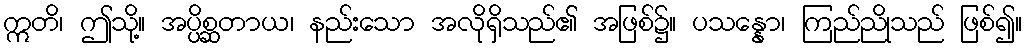
ဣတိ၊ ဤသို့။ အပ္ပိစ္ဆတာယ၊ နည်းသော အလိုရှိသည်၏ အဖြစ်၌။ ပသန္နော၊ ကြည်ညိုသည် ဖြစ်၍။